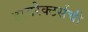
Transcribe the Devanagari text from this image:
डायरेक्टर्सची